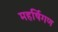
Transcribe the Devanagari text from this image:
महर्षिगण